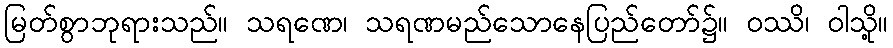
မြတ်စွာဘုရားသည်။ သရဏေ၊ သရဏမည်သောနေပြည်တော်၌။ ဝဿိ၊ ဝါသို့။